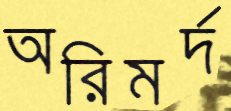
অরিমর্দ